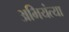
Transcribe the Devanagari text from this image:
अभियंत्या